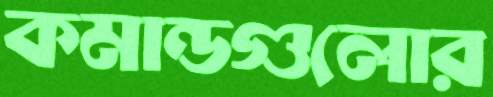
কমান্ডগুলোর